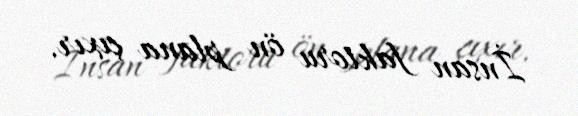
İnsan faktoru ön plana çıxır.